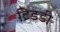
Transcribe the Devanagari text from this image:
टिडडी